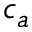
c _ { a }